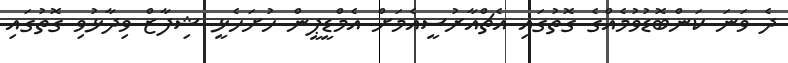
ދެ ވަނަ ކަންބޮޑުވުމެއްގެ ގޮތުގައި އެޗްއާރުސީއެމަށް އެމްޑީޕީން ހުށަހެޅީ ޝިފާޒް ވިދާޅުވި ގޮތުގައި